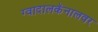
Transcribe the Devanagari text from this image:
ग्वादालकॅनालवर